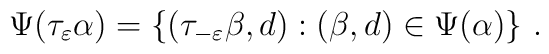
\Psi(\tau_{\varepsilon} \alpha) = \{(\tau_{-\varepsilon} \beta, d):(\beta, d) \in \Psi(\alpha)\} \ .